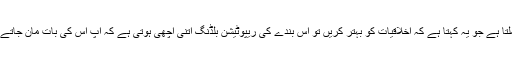
لیکن ایک شخص آپ کو زندگی میں ملتا ہے جو یہ کہتا ہے کہ اخلاقیات کو بہتر کریں تو اس بندے کی ریپوٹیشن بلڈنگ اتنی اچھی ہوتی ہے کہ آپ اس کی بات مان جاتے ہیں کہ اخلاقیات اچھے ہونے چاہئیں۔